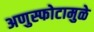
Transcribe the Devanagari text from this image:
अणुस्फोटामुळे